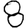
Digit: 8